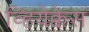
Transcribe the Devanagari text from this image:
व्हियेक्वेस